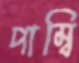
পাম্বি